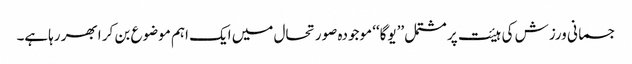
جسمانی ورزش کی ہیئت پر مشتمل ’’یوگا‘‘ موجودہ صورتحال میں ایک اہم موضوع بن کر ابھر رہاہے۔